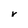
Character: V